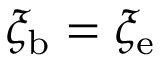
\xi _ { \mathrm { b } } = \xi _ { \mathrm { e } }